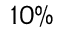
1 0 \%